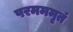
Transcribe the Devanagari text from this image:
परमममृतं